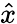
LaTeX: \hat{x}